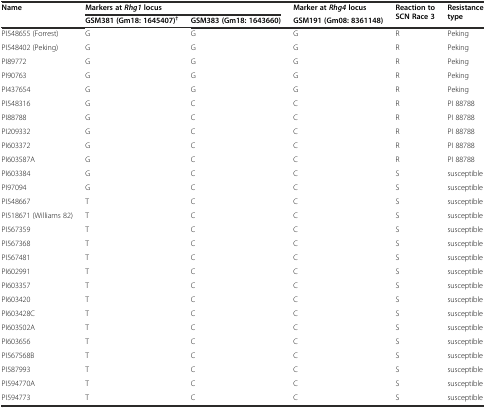
<table><thead><tr><td rowspan="2"><b>Name</b></td><td colspan="2"><b>Markers at<i>Rhg1</i>locus</b></td><td><b>Marker at<i>Rhg4</i>locus</b></td><td rowspan="2"><b>Reaction to SCN Race 3</b></td><td rowspan="2"><b>Resistance type</b></td></tr><tr><td><b>GSM381 (Gm18: 1645407)<sup>†</sup></b></td><td><b>GSM383 (Gm18: 1643660)</b></td><td><b>GSM191 (Gm08: 8361148)</b></td></tr></thead><tbody><tr><td>PI548655 (Forrest)</td><td>G</td><td>G</td><td>G</td><td>R</td><td>Peking</td></tr><tr><td>PI548402 (Peking)</td><td>G</td><td>G</td><td>G</td><td>R</td><td>Peking</td></tr><tr><td>PI89772</td><td>G</td><td>G</td><td>G</td><td>R</td><td>Peking</td></tr><tr><td>PI90763</td><td>G</td><td>G</td><td>G</td><td>R</td><td>Peking</td></tr><tr><td>PI437654</td><td>G</td><td>G</td><td>G</td><td>R</td><td>Peking</td></tr><tr><td>PI548316</td><td>G</td><td>C</td><td>C</td><td>R</td><td>PI 88788</td></tr><tr><td>PI88788</td><td>G</td><td>C</td><td>C</td><td>R</td><td>PI 88788</td></tr><tr><td>PI209332</td><td>G</td><td>C</td><td>C</td><td>R</td><td>PI 88788</td></tr><tr><td>PI603372</td><td>G</td><td>C</td><td>C</td><td>R</td><td>PI 88788</td></tr><tr><td>PI603587A</td><td>G</td><td>C</td><td>C</td><td>R</td><td>PI 88788</td></tr><tr><td>PI603384</td><td>G</td><td>C</td><td>C</td><td>S</td><td>susceptible</td></tr><tr><td>PI97094</td><td>G</td><td>C</td><td>C</td><td>S</td><td>susceptible</td></tr><tr><td>PI548667</td><td>T</td><td>C</td><td>C</td><td>S</td><td>susceptible</td></tr><tr><td>PI518671 (Williams 82)</td><td>T</td><td>C</td><td>C</td><td>S</td><td>susceptible</td></tr><tr><td>PI567359</td><td>T</td><td>C</td><td>C</td><td>S</td><td>susceptible</td></tr><tr><td>PI567368</td><td>T</td><td>C</td><td>C</td><td>S</td><td>susceptible</td></tr><tr><td>PI567481</td><td>T</td><td>C</td><td>C</td><td>S</td><td>susceptible</td></tr><tr><td>PI602991</td><td>T</td><td>C</td><td>C</td><td>S</td><td>susceptible</td></tr><tr><td>PI603357</td><td>T</td><td>C</td><td>C</td><td>S</td><td>susceptible</td></tr><tr><td>PI603420</td><td>T</td><td>C</td><td>C</td><td>S</td><td>susceptible</td></tr><tr><td>PI603428C</td><td>T</td><td>C</td><td>C</td><td>S</td><td>susceptible</td></tr><tr><td>PI603502A</td><td>T</td><td>C</td><td>C</td><td>S</td><td>susceptible</td></tr><tr><td>PI603656</td><td>T</td><td>C</td><td>C</td><td>S</td><td>susceptible</td></tr><tr><td>PI567568B</td><td>T</td><td>C</td><td>C</td><td>S</td><td>susceptible</td></tr><tr><td>PI587993</td><td>T</td><td>C</td><td>C</td><td>S</td><td>susceptible</td></tr><tr><td>PI594770A</td><td>T</td><td>C</td><td>C</td><td>S</td><td>susceptible</td></tr><tr><td>PI594773</td><td>T</td><td>C</td><td>C</td><td>S</td><td>susceptible</td></tr></tbody></table>